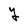
Character: Y